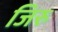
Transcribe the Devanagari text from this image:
जिरु